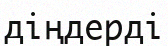
діңдерді